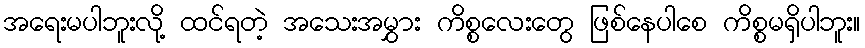
အရေးမပါဘူးလို့ ထင်ရတဲ့ အသေးအမွှား ကိစ္စလေးတွေ ဖြစ်နေပါစေ ကိစ္စမရှိပါဘူး။